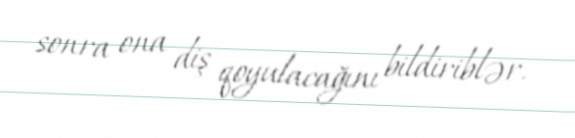
sonra ona diş qoyulacağını bildiriblər.